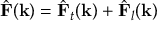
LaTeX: { \hat { \mathbf { F } } } ( \mathbf { k } ) = { \hat { \mathbf { F } } } _ { t } ( \mathbf { k } ) + { \hat { \mathbf { F } } } _ { l } ( \mathbf { k } )